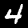
Digit: 4